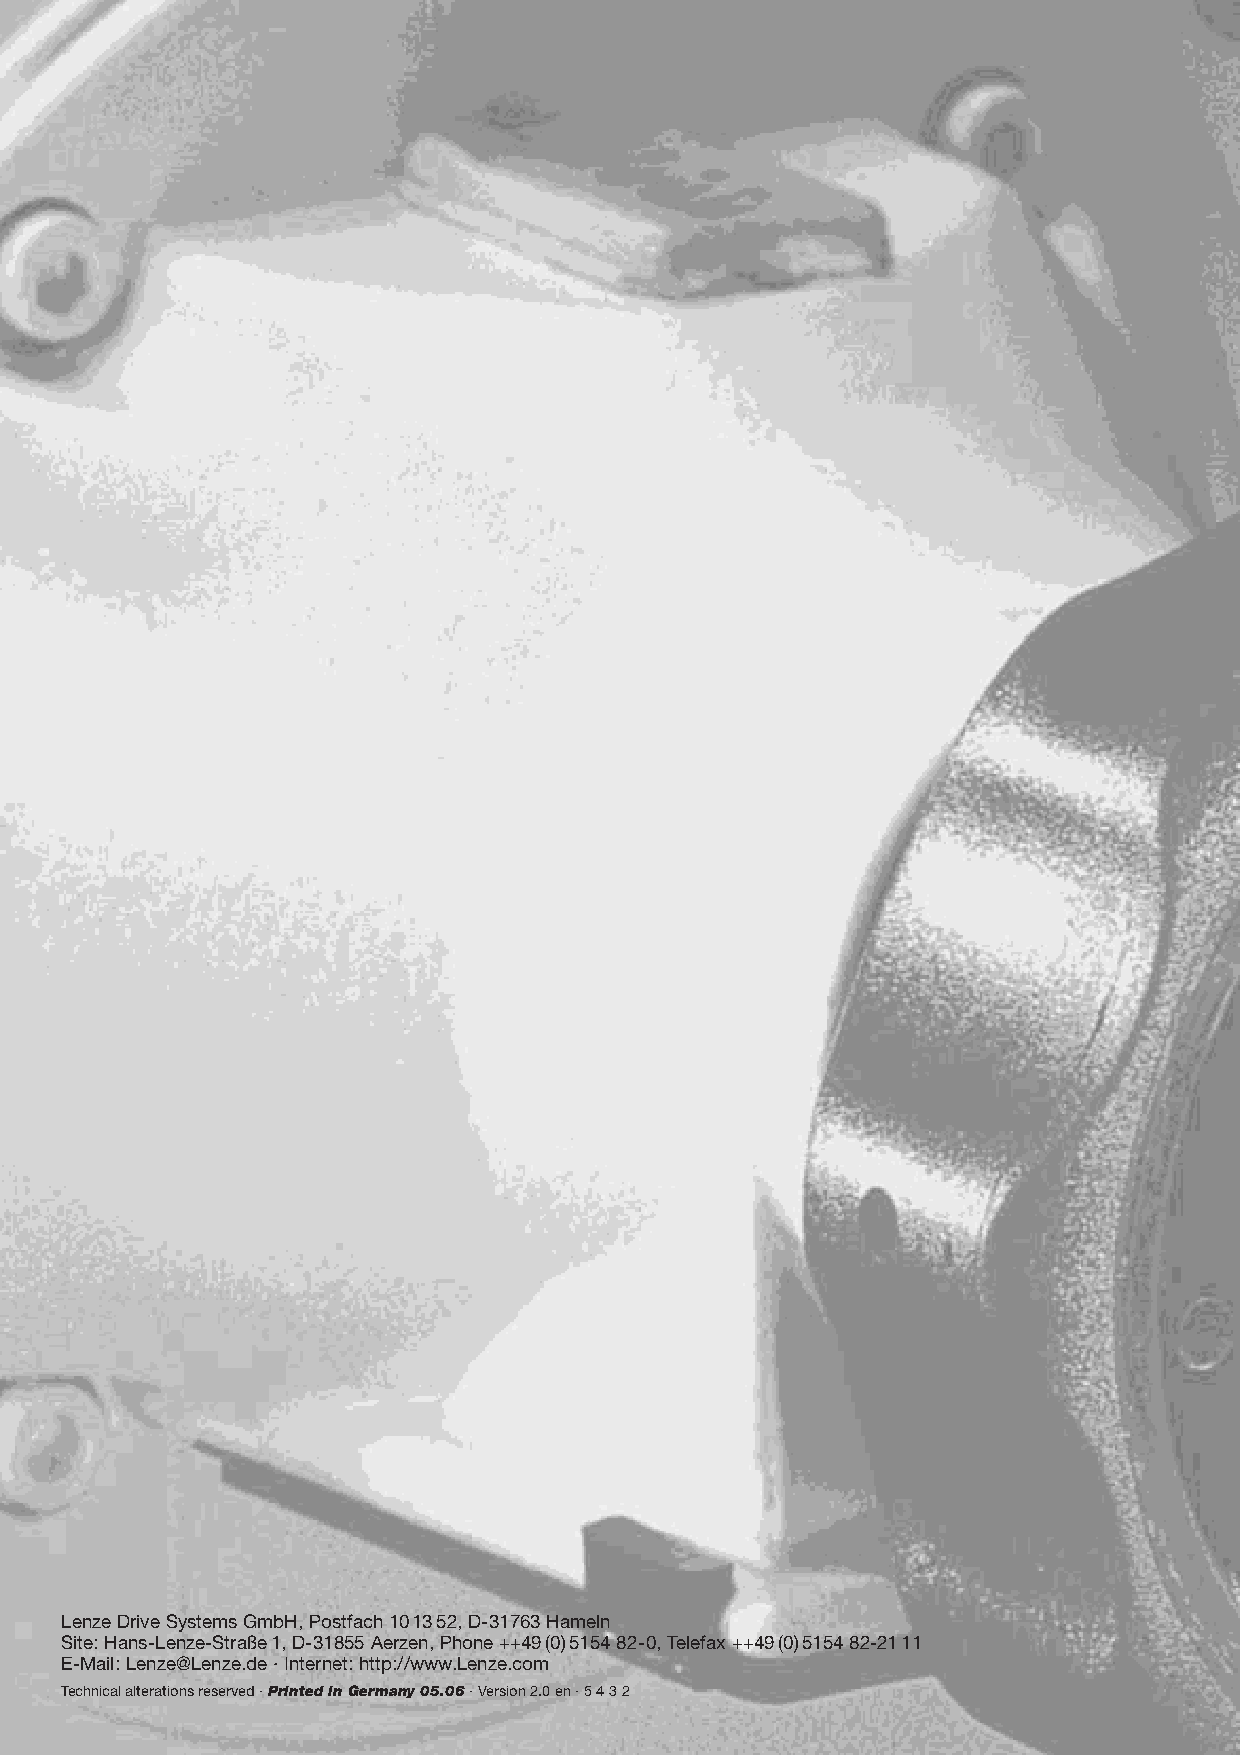
Lenze Drive Systems GmbH, Postfach 101352, D-31763 Hameln
 Site: Hans-Lenze-Straße1, D-31855 Aerzen, Phone ++49(0)5154 82-0, Telefax ++49(0)5154 82-2111
 E-Mail: Lenze@Lenze.de · Internet: http://www.Lenze.com
 Technical alterations reserved · Printed in Germany 05.06· Version 2.0 en · 5 4 3 2